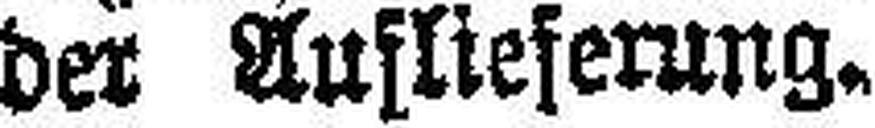
der Auflieferung.